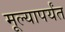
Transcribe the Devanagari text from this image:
मूल्यापर्यंत